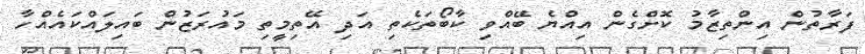
ފަރާތުން އިންތިޒާމު ކޮށްގެން އިއްޔެ ބޭއްވި ކާބޯތަކެތި އަދި އޭތިމީތި މައުރަޒުން ބައިލައްކައެއްހާ